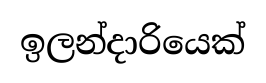
ඉලන්දාරියෙක්